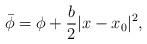
LaTeX: \begin{align*}\bar \phi = \phi + \frac{b}{2}|x-x_0|^2,\end{align*}